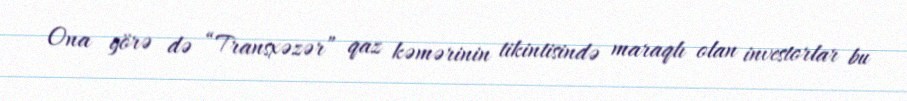
Ona görə də “Transxəzər” qaz kəmərinin tikintisində maraqlı olan investorlar bu